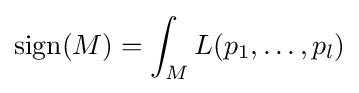
\mathrm {sign} (M)=\int _{M}L(p_{1},\ldots ,p_{l})